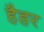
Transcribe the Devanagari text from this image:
हैहर